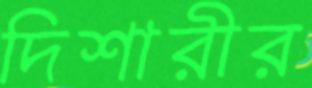
দিশারীর